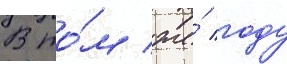
В то́м же́ году